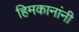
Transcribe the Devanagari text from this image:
हिमकानांनी